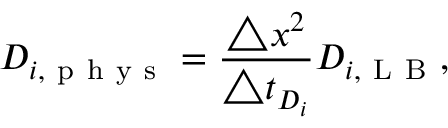
D _ { i , \mathrm { ~ p ~ h ~ y ~ s ~ } } = \frac { \triangle x ^ { 2 } } { \triangle t _ { D _ { i } } } D _ { i , \mathrm { ~ L ~ B ~ } } ,